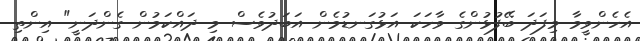
އެހެންވީމާ މިފަދަ ބޭފުޅުންގެ ވާހަކަ އަޅުގަނޑުމެން އަބަދުވެސް މި ދައްކަމުން ގެންދަނީ" އިންތި